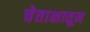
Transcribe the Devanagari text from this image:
चेताक्षातून